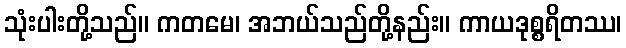
သုံးပါးတို့သည်။ ကတမေ၊ အဘယ်သည်တို့နည်း။ ကာယဒုစ္စရိတဿ၊